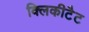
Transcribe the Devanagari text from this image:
क्लिकीटैट